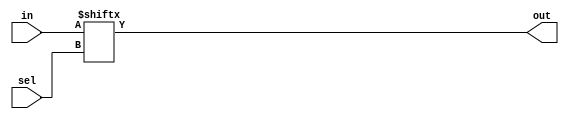
module mux16to1(in,sel,out);
input [15:0]in;
input [3:0]sel;
output out;
assign out=in[sel];
endmodule